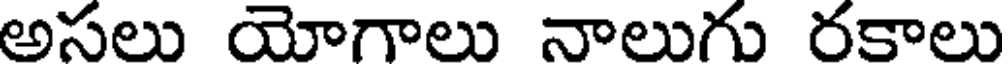
అసలు యోగాలు నాలుగు రకాలు